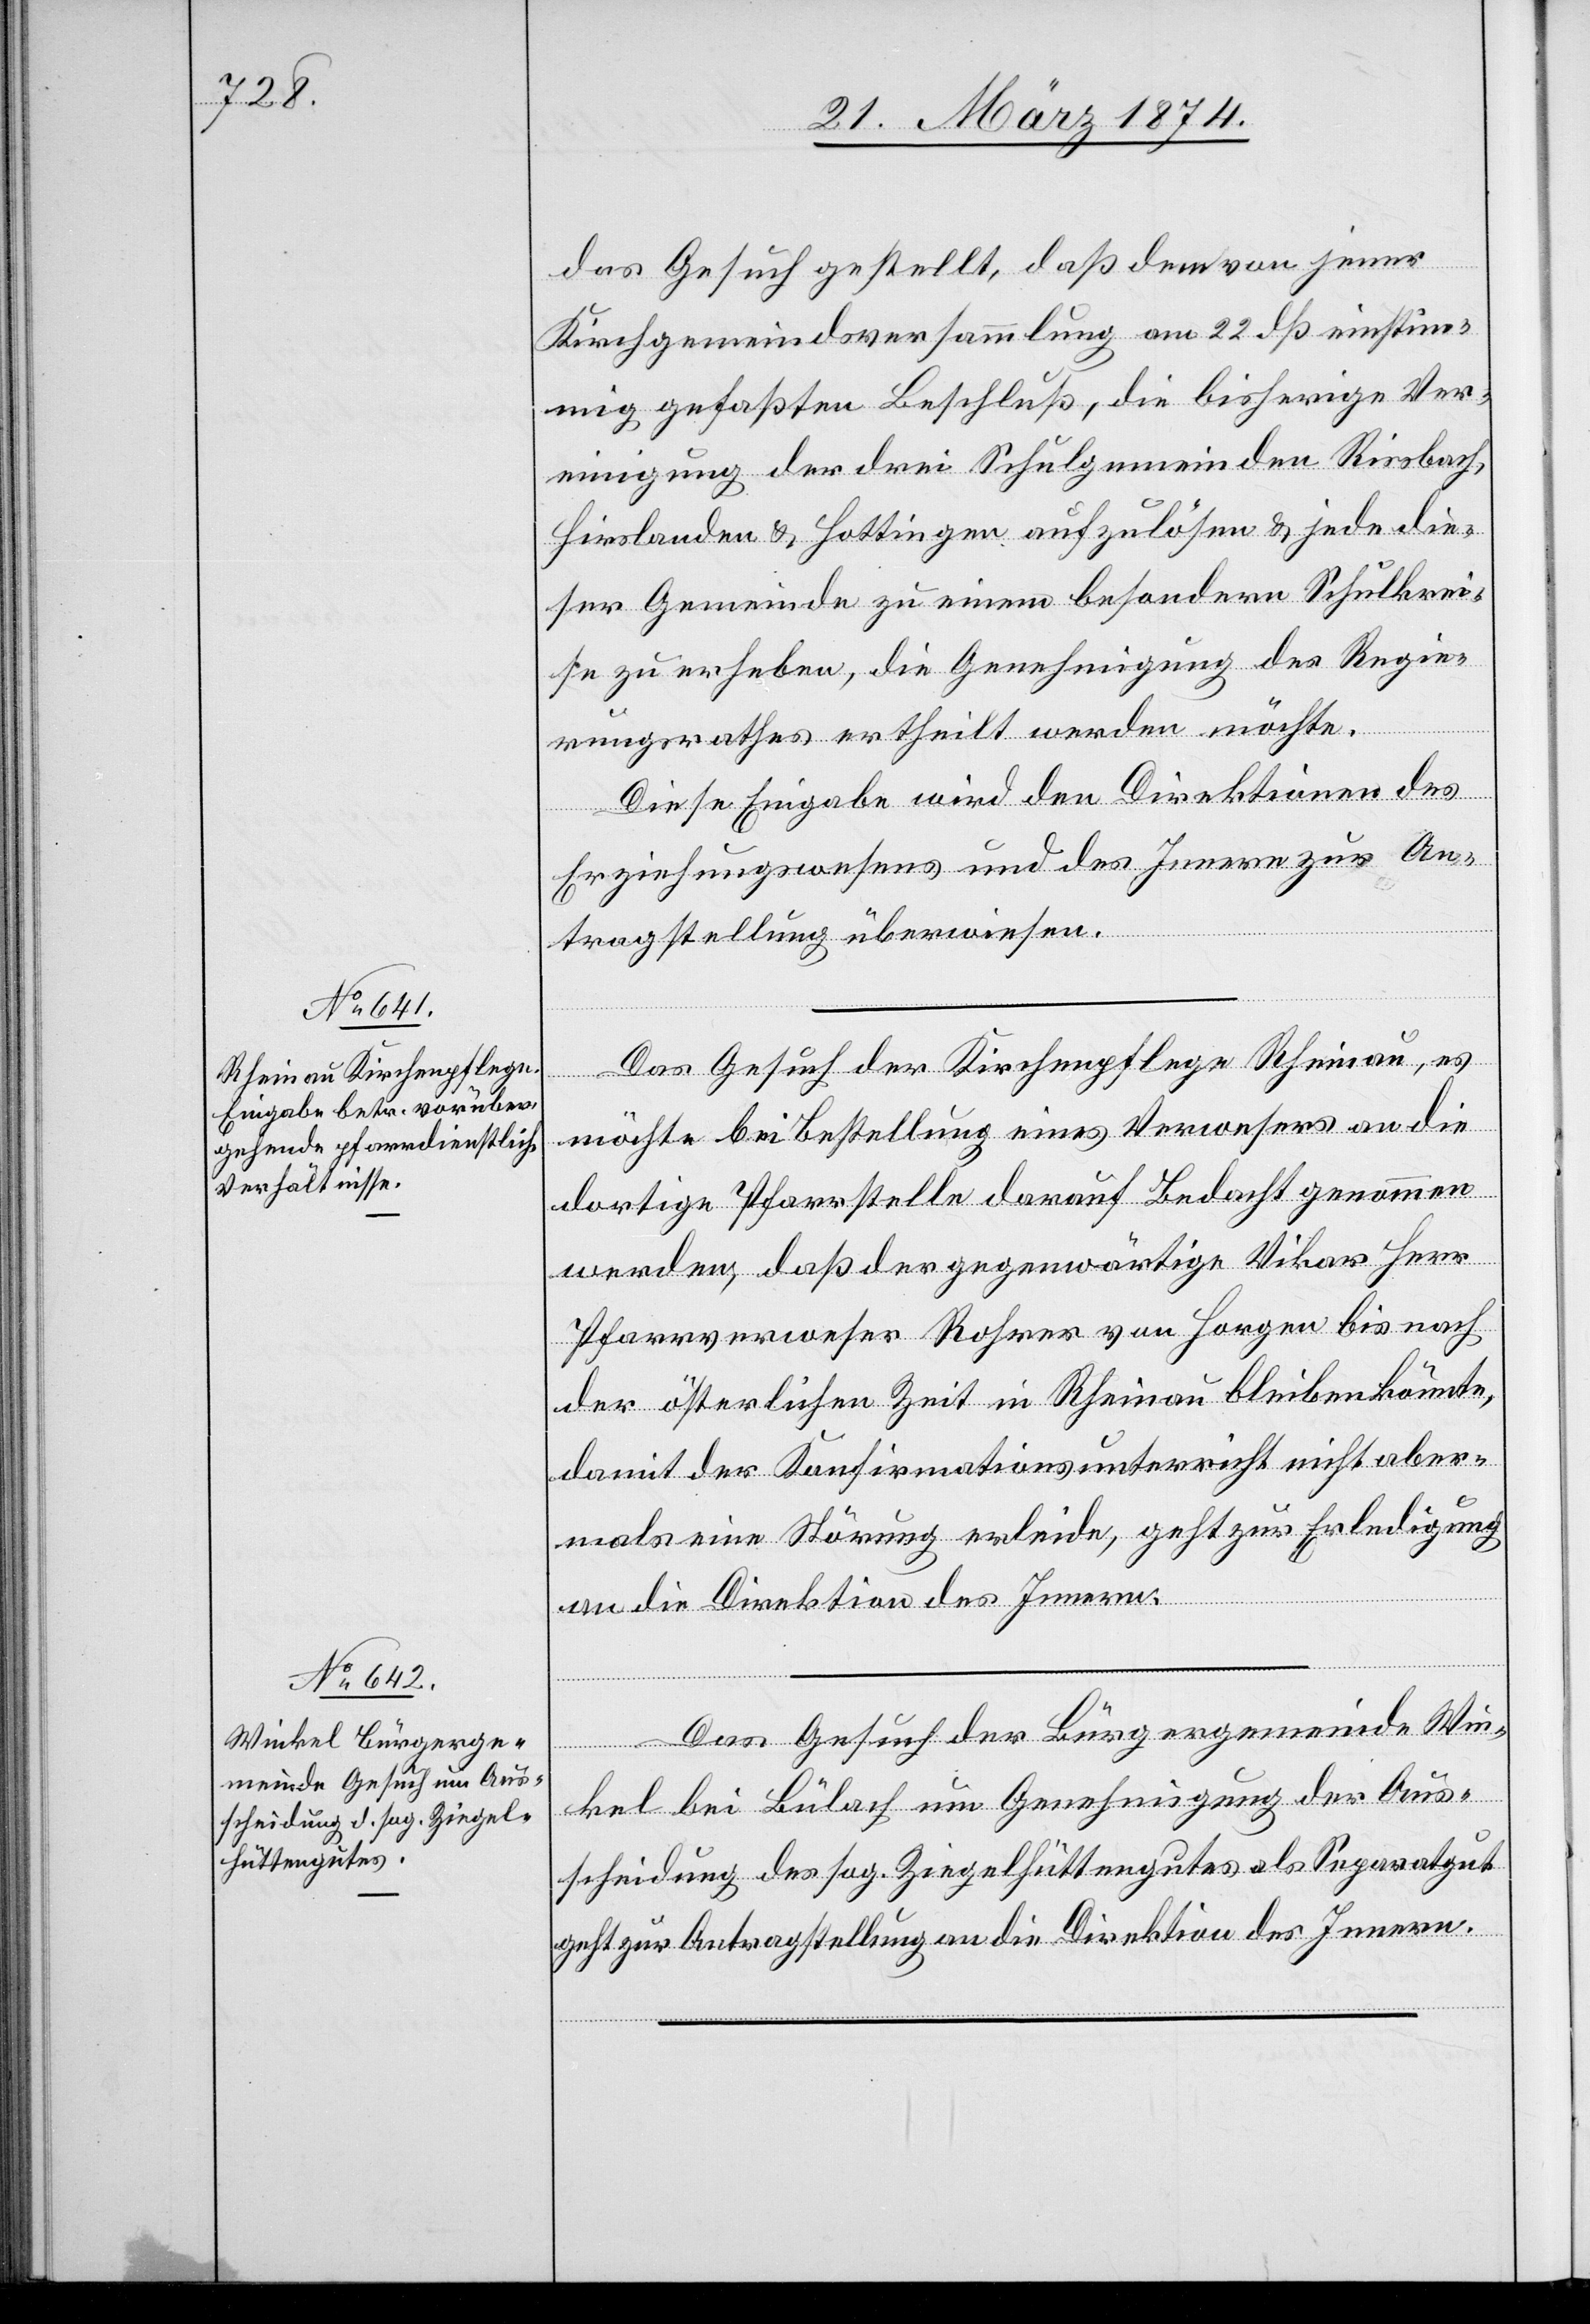
27. März 1874.]
das Gesuch gestellt, daß dem von jener
Kirchgemeindsversammlung am 22. dß einstim¬
mig gefaßten Beschluß, die bisherige Ver¬
einigung der drei Schulgemeinden Riesbach,
Hirslanden u. Hottingen aufzulösen u. jede die¬
ser Gemeinden zu einem besondern Schulkrei¬
se zu erheben, die Genehmigung des Regie¬
rungsrathes ertheilt werden möchte.
Diese Eingabe wird den Direktionen des
Erziehungswesens und des Innern zur An¬
tragstellung überwiesen.
Das Gesuch der Kirchenpflege Rheinau, es
möchte bei Bestellung eines Verwesers an die
dortige Pfarrstelle darauf Bedacht genommen
werden, daß der gegenwärtige Vikar Herr
Pfarrverweser Rohner von Horgen bis nach
der österlichen Zeit in Rheinau bleiben könnte,
damit der Konfirmationsunterricht nicht aber¬
mals eine Störung erleide, geht zur Erledigung
an die Direktion des Innern.
Das Gesuch der Bürgergemeinde Win¬
kel bei Bülach um Genehmigung der Aus¬
scheidung des sog. Ziegelhüttengutes als Separatgut
geht zur Antragstellung an die Direktion des Innern.